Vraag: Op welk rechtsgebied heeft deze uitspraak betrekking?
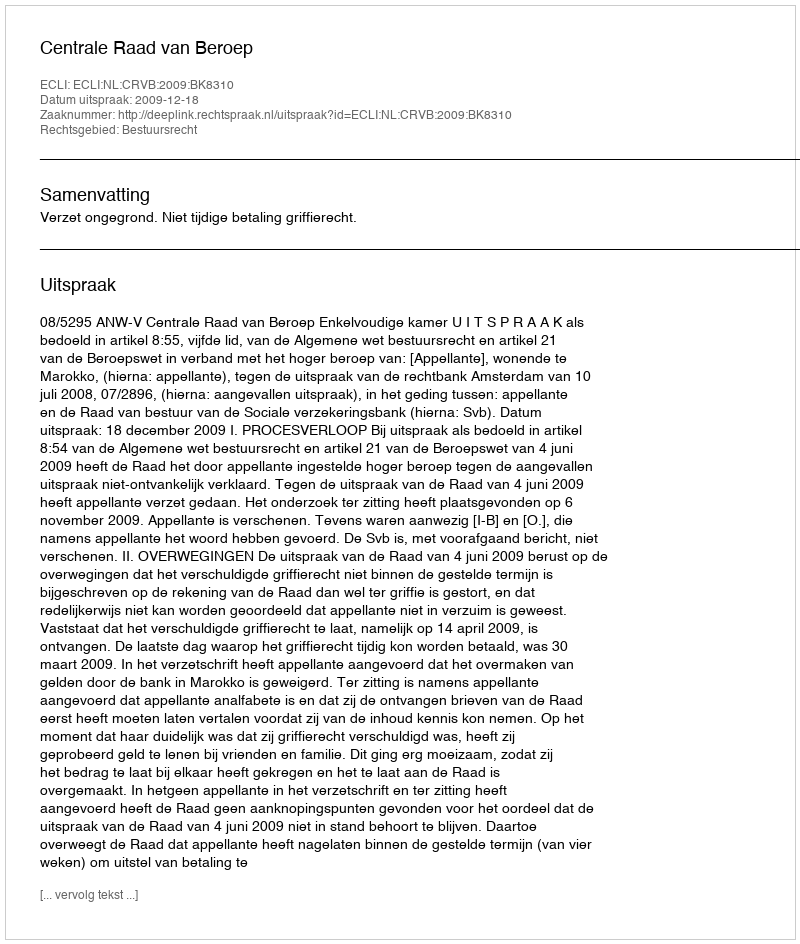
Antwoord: Bestuursrecht